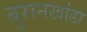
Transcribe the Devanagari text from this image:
बुरानखांडा